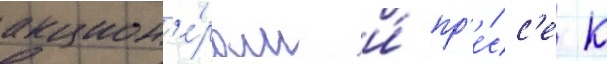
акцион'е́рам и́ пр'е́сс'е к